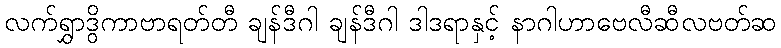
လက်ရွှာဒွိကာဗာရတ်တီ ချန်ဒီဂါ ချန်ဒီဂါ ဒါဒရာနှင့် နာဂါဟာဗေလီဆီလဗတ်ဆ